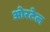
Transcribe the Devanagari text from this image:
ओरटेल